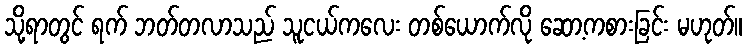
သို့ရာတွင် ရက် ဘတ်တလာသည် သူငယ်ကလေး တစ်ယောက်လို ဆော့ကစားခြင်း မဟုတ်။